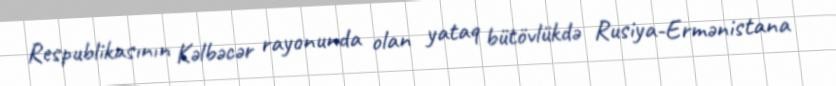
Respublikasının Kəlbəcər rayonunda olan yataq bütövlükdə Rusiya-Ermənistana